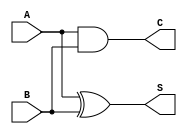
module current_mode_half_adder (
    input wire A,  // Current input A
    input wire B,  // Current input B
    output wire S, // Current output Sum
    output wire C  // Current output Carry
);

// Sum output (S) is A XOR B
assign S = A ^ B;

// Carry output (C) is A AND B
assign C = A & B;

endmodule